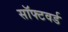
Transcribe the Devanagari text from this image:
सॉफ्टवर्ड